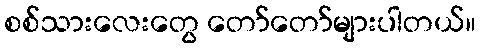
စစ်သားလေးတွေ တော်တော်များပါတယ်။